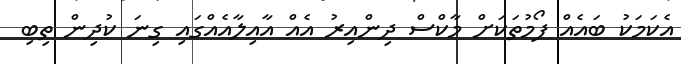
އެކަމަކު ބައެއް ފޯމުތަކަށް މާކްސް ދިންއިރު އެއް އާއިލާއެއްގައި ގިނަ ކުދިން ތިބި